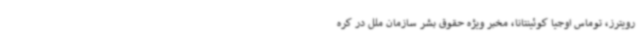
رویترز، توماس اوجیا کوئینتانا، مخبر ویژه حقوق بشر سازمان ملل در کره